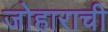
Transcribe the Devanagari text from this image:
जोहाराची